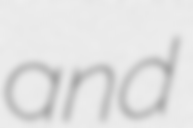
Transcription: and